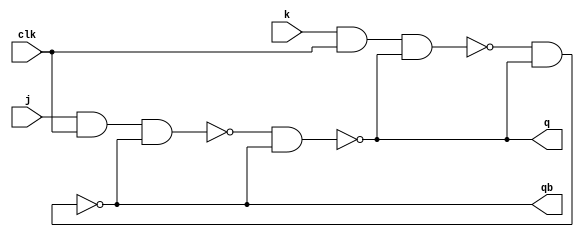
module jk_ff_str(q,qb,j,k,clk);
input j,k,clk;
output q,qb;

wire w1,w2;
nand l1(w1,j,clk,qb);
nand l2(w2,k,clk,q);
nand l3(q,w1,qb);
nand l4(qb,w2,q);
endmodule